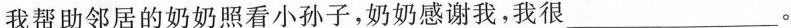
我帮助邻居的奶奶照看小孙子，奶奶感谢我，我很___。